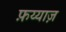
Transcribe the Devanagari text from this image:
फ़य्याज़